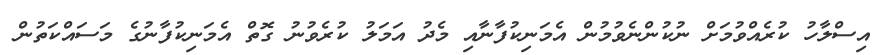
އިސްލާހު ކުރެއްވުމަށް ނުކުންނެވުމުން އެމަނިކުފާނާއި މެދު އަމަލު ކުރެވުނު ގޮތް އެމަނިކުފާނުގެ މަސައްކަތުން